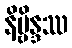
နိဗ္ဗိန္ဒဿ